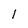
Character: l